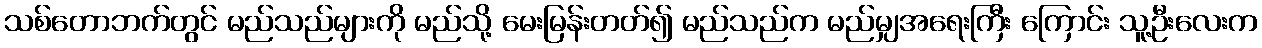
သစ်တောဘက်တွင် မည်သည်များကို မည်သို့ မေးမြန်းတတ်၍ မည်သည်က မည်မျှအရေးကြီး ကြောင်း သူ့ဦးလေးက